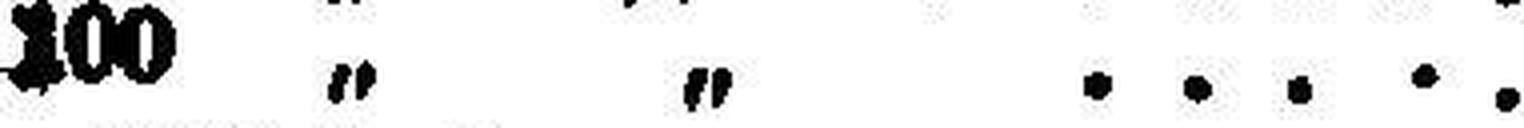
100 „ „